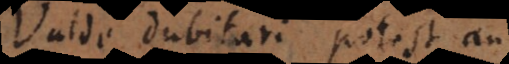
Valde dubitari potest an